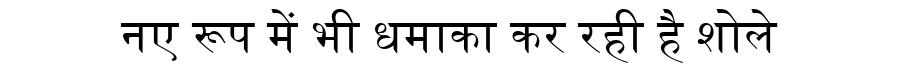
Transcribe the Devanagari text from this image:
नए रूप में भी धमाका कर रही है शोले